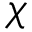
\chi